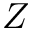
Z